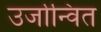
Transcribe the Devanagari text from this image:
उर्जान्वित